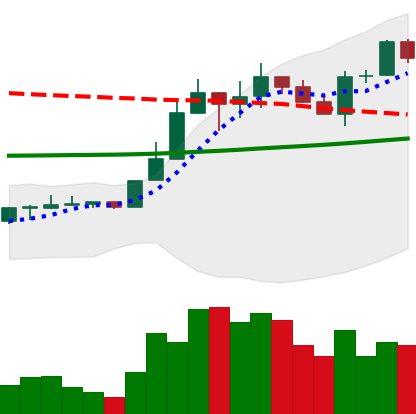
Ticker: LINK-USD
Chart end date: 2020-04-19
Forward return: 4.597%
Label: up_3_5